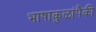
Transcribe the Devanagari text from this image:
भाषाकुळांपैकी